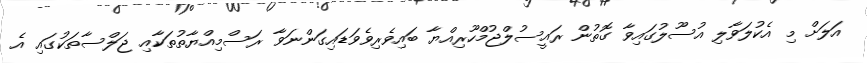
އަލަށް މި އެކުލަވާލި އުސޫލުގައިވާ ގޮތުން ރައީސުލްޖުމްހޫރިއްޔާ ބައިވެރިވެވަޑައިގަންނަވާ ރަސްމިއްޔާތުތަކާއި ޖަލްސާތަކުގައި އެ